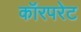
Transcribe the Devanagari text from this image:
कॉरपरेट